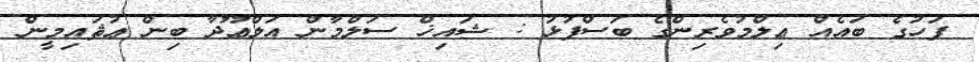
ފަހުގެ ބައެއް ޢިލްމުވެރިންގެ ބަސްފުޅު : ޝައިޚް ސަލްމާން އަލްޢޫދާ ބިން ޢުޘައިމީން